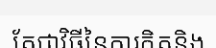
តែជាវិធីនៃការគិតនិង